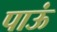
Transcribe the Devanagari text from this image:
पाऊं